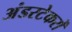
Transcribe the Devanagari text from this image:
अंडरटेकरों